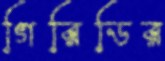
গিরিডির